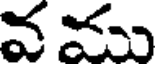
వ ము